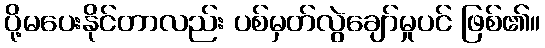
ပို့မပေးနိုင်တာလည်း ပစ်မှတ်လွဲချော်မှုပင် ဖြစ်၏။